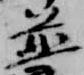
並